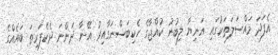
އެފަދަ މައްސަލަތަކުގައި އަނިޔާ ލިބުނު ކުއްޖާގެ ހެކިބަސްނަގާއިރު އޭނާ ދަންނަ ދެކެފަރިތަ ބައެއްގެ